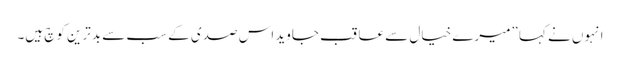
انہوں نے کہا ”میرے خیال سے عاقب جاوید اس صدی کے سب سے بدترین کوچ ہیں۔